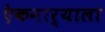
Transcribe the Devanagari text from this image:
एेकनार्याला